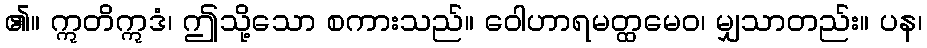
၏။ ဣတိဣဒံ၊ ဤသို့သော စကားသည်။ ဝေါဟာရမတ္ထမေဝ၊ မျှသာတည်း။ ပန၊